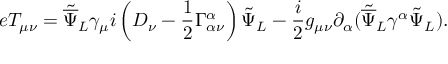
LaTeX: e T _ { \mu \nu } = { \tilde { \overline { { \Psi } } } _ { L } } { \gamma _ { \mu } } i \left( D _ { \nu } - \frac { 1 } { 2 } \Gamma _ { \alpha \nu } ^ { \alpha } \right) { \tilde { \Psi } } _ { L } - \frac { i } { 2 } g _ { \mu \nu } \partial _ { \alpha } ( { \tilde { \overline { { \Psi } } } } _ { L } \gamma ^ { \alpha } { \tilde { \Psi } _ { L } } ) . \nonumber \,